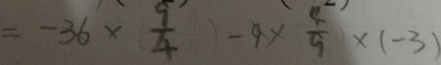
= - 3 6 \times \frac { 9 } { 4 } - 9 \times \frac { 4 } { 9 } \times ( - 3 )